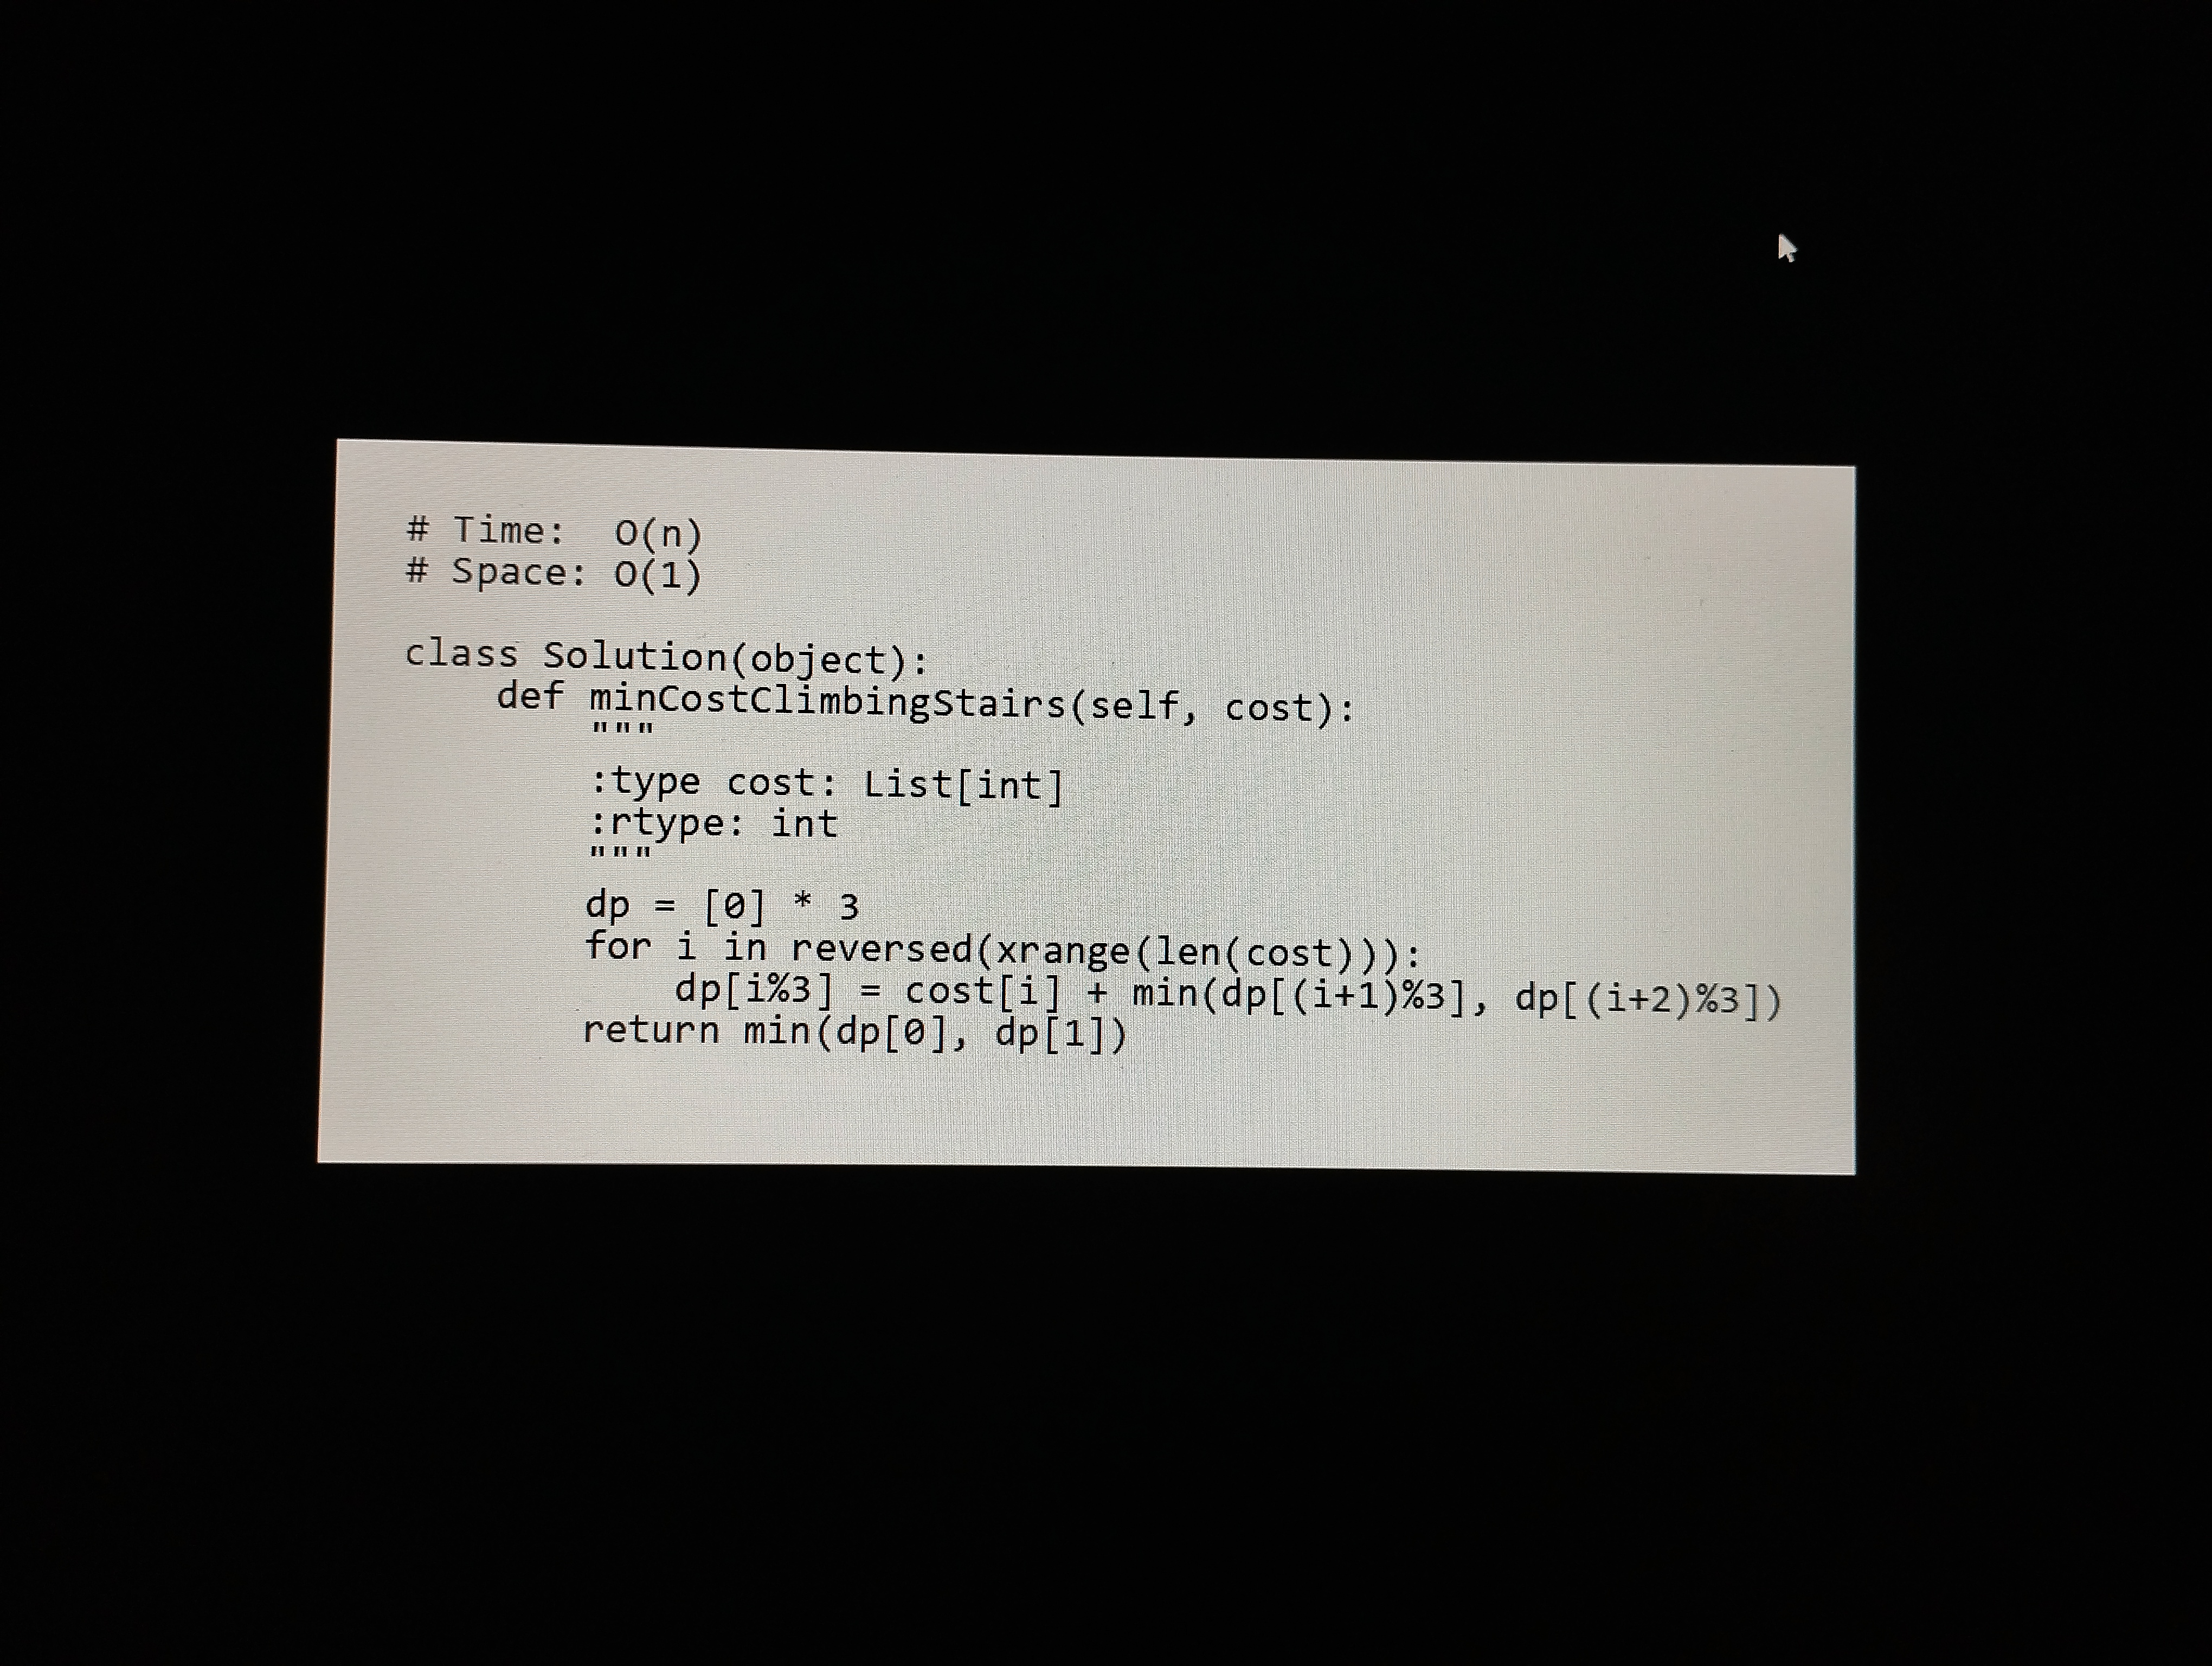
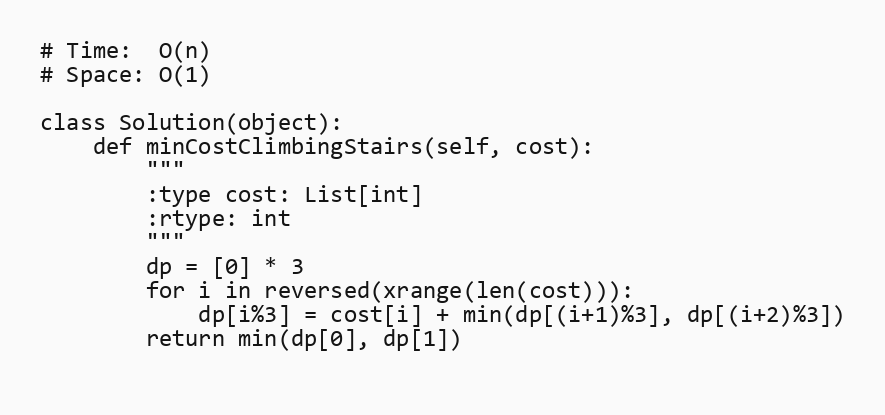
# Time:  O(n)
# Space: O(1)

class Solution(object):
    def minCostClimbingStairs(self, cost):
        """
        :type cost: List[int]
        :rtype: int
        """
        dp = [0] * 3
        for i in reversed(xrange(len(cost))):
            dp[i%3] = cost[i] + min(dp[(i+1)%3], dp[(i+2)%3])
        return min(dp[0], dp[1])